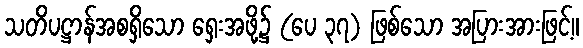
သတိပဋ္ဌာန်အစရှိသော ရှေးအဖို့၌ (ပေ ၃၇) ဖြစ်သော အပြားအားဖြင့်။